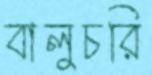
বালুচরি